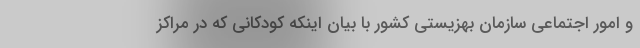
و امور اجتماعی سازمان بهزیستی کشور با بیان اینکه کودکانی که در مراکز